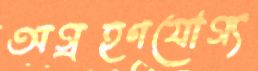
অগ্রহণযোগ্য